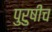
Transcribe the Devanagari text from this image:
पुरुषीच